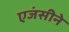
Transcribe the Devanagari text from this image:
एजंसीने